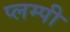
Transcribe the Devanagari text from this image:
प्लम्पी